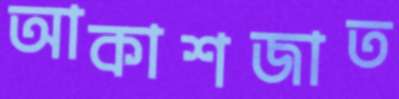
আকাশজাত